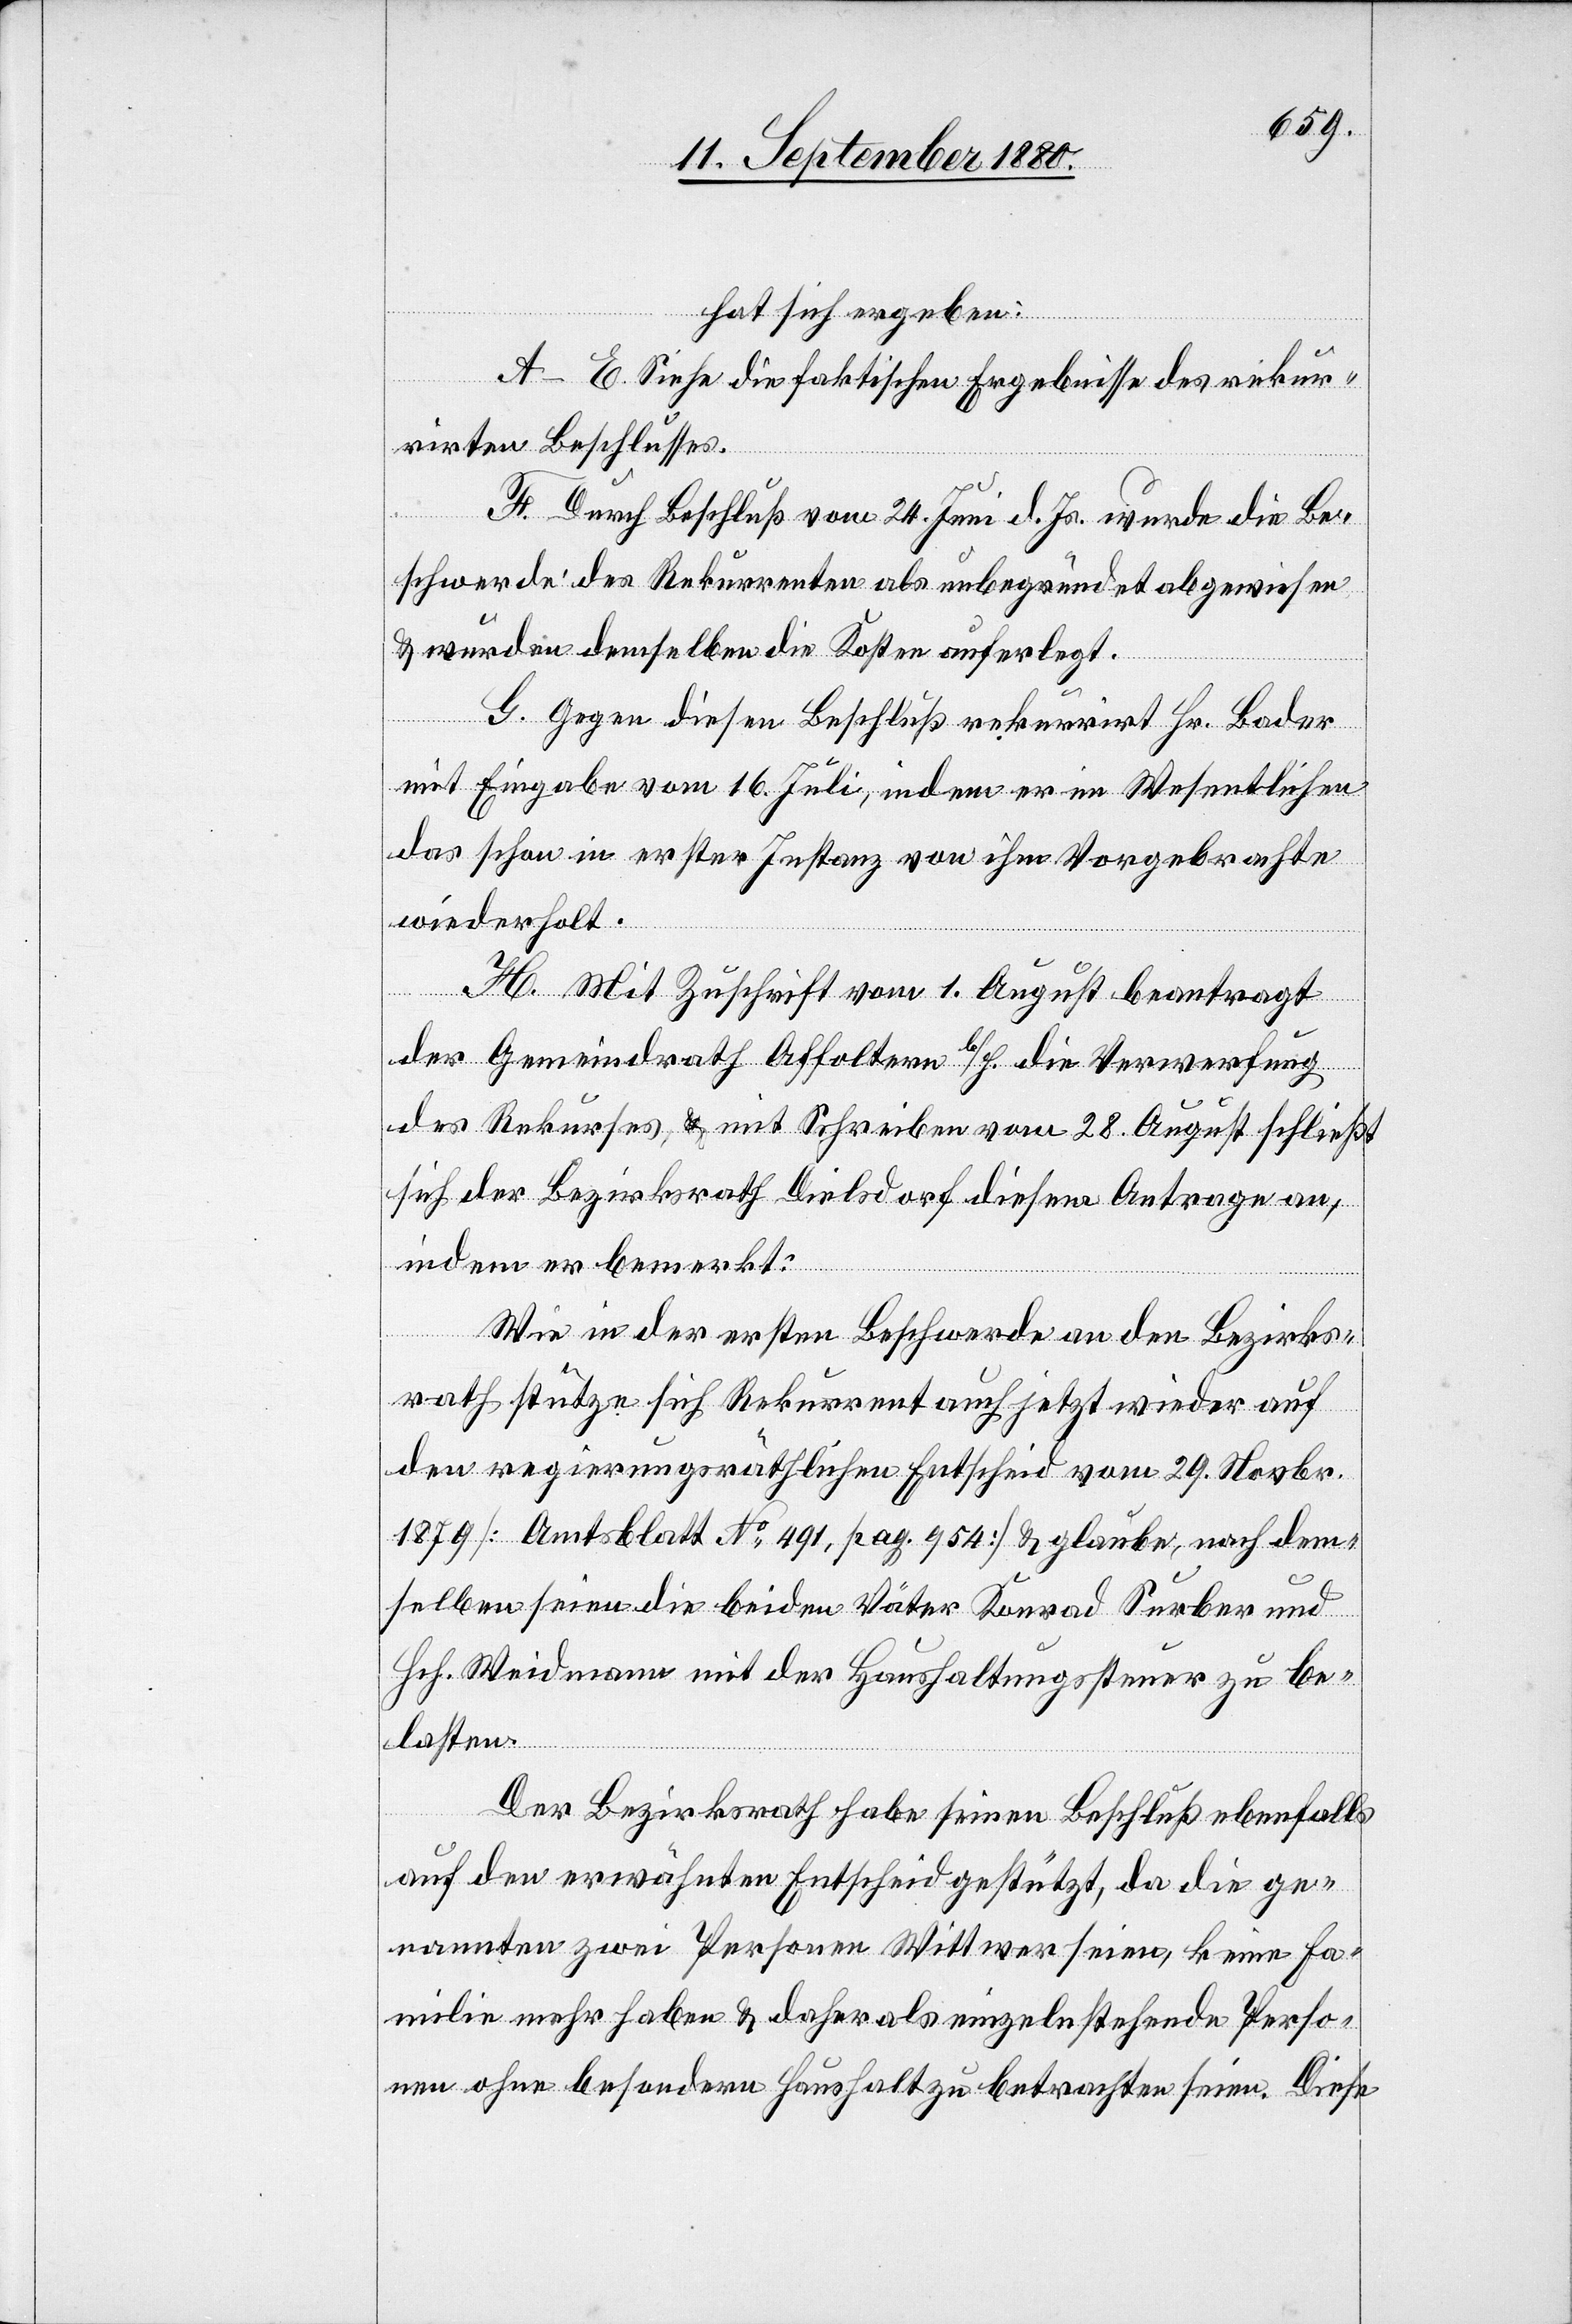
hat sich ergeben:
A–E. Siehe die faktischen Ergebnisse des rekur¬
rirten Beschlusses.
F. Durch Beschluß vom 21. Juni d. Js. wurde die Be¬
schwerde des Rekurrenten als unbegründet abgewiesen
& wurden demselben die Kosten auferlegt.
G. Gegen diesen Beschluß rekurrirt Hr. Bader
mit Eingabe vom 16. Juli, indem er im Wesentlichen
das schon in erster Instanz von ihm Vorgebrachte
wiederholt.
H. Mit Zuschrift vom 1. August beantragt
der Gemeindrath Affoltern b./H. die Verwehrung
des Rekurses, & mit Schreiben vom 28. August schließt
sich der Bezirksrath Dielsdorf diesem Antrage an,
indem er bemerkt:
Wie in der ersten Beschwerde an den Bezirks¬
rath stütze sich Rekurrent auch jetzt wieder auf
den regierungsräthlichen Entscheid vom 29. November
1879 [Amtsblatt No 491, pag. 954] & glaube, nach dem¬
selben seien die beiden Väter Konrad Surber und
Hch. Weidmann mit der Haushaltungssteuer zu be¬
lasten.
Der Bezirksrath habe seinen Beschluß ebenfalls
auf den erwähnten Entscheid gestützt, da die ge¬
nannten zwei Personen Wittwer seien, keine Fa¬
milie mehr haben & daher als einzeln stehende Perso¬
nen ohne besondern Haushalt zu betrachten seien. Diese